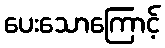
ပေးသောကြောင့်